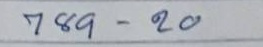
789 - 20